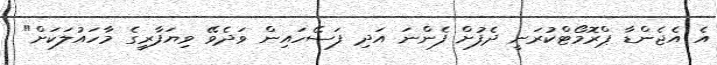
އެ އެޖެންޑާ ޕްރޮމޯޓްކުރަނީ ދެފުށް ފެންނަ އަދި ފަސޭހައިން ވަދެވޭ ވިޔަފާރީގެ މާހައުލަކަށް"